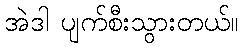
အဲဒါ ပျက်စီးသွားတယ်။